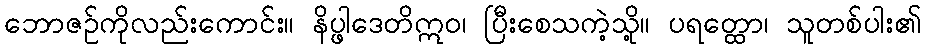
ဘောဇဉ်ကိုလည်းကောင်း။ နိပ္ဖါဒေတိဣဝ၊ ပြီးစေသကဲ့သို့။ ပရတ္ထော၊ သူတစ်ပါး၏